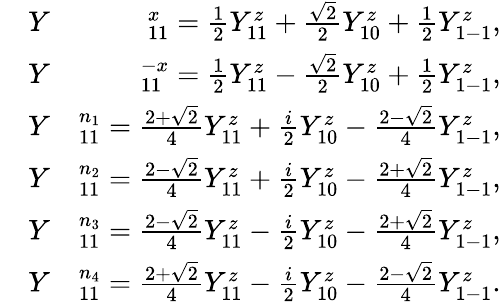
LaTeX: \begin{array}{rlr}&{Y}&{^x_{11}=\frac{1}{2}Y_{11}^{z}+\frac{\sqrt{2}}{2}Y_{10}^{z}+\frac{1}{2}Y_{1-1}^{z},}\\ &{Y}&{^{-x}_{11}=\frac{1}{2}Y_{11}^{z}-\frac{\sqrt{2}}{2}Y_{10}^{z}+\frac{1}{2}Y_{1-1}^{z},}\\ &{Y}&{^{n_{1}}_{11}=\frac{2+\sqrt{2}}{4}Y_{11}^{z}+\frac{i}{2}Y_{10}^{z}-\frac{2-\sqrt{2}}{4}Y_{1-1}^{z},}\\ &{Y}&{^{n_{2}}_{11}=\frac{2-\sqrt{2}}{4}Y_{11}^{z}+\frac{i}{2}Y_{10}^{z}-\frac{2+\sqrt{2}}{4}Y_{1-1}^{z},}\\ &{Y}&{^{n_{3}}_{11}=\frac{2-\sqrt{2}}{4}Y_{11}^{z}-\frac{i}{2}Y_{10}^{z}-\frac{2+\sqrt{2}}{4}Y_{1-1}^{z},}\\ &{Y}&{^{n_{4}}_{11}=\frac{2+\sqrt{2}}{4}Y_{11}^{z}-\frac{i}{2}Y_{10}^{z}-\frac{2-\sqrt{2}}{4}Y_{1-1}^{z}.}\end{array}